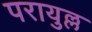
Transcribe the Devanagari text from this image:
परायुल्ल